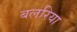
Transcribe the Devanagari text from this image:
बलरिया